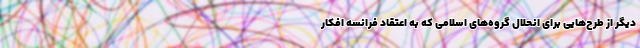
دیگر از طرح‌هایی برای انحلال گروه‌های اسلامی که به اعتقاد فرانسه افکار